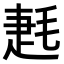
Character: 𣮌